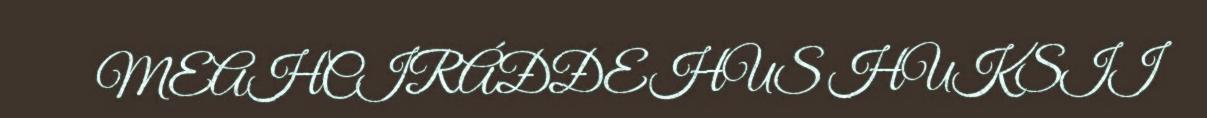
MEAHCIRÁĐĐEHUS HUKSII